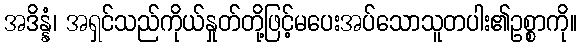
အဒိန္နံ၊ အရှင်သည်ကိုယ်နှုတ်တို့ဖြင့်မပေးအပ်သောသူတပါး၏ဥစ္စာကို။